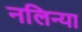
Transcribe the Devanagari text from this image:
नलिन्या